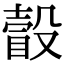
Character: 瞉